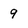
Character: 9